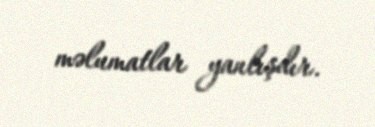
məlumatlar yanlışdır.